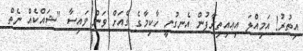
އިތުރު! އަމިއްލަ އިޢއިތިރާފުން އެނގުނީ ހާކިމާގެ ގެއަށް ވަން ވައިސާ "ޝައްކެއް ނެތް